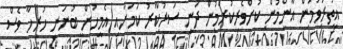
އިތުރުވުމުން އާންމުން ކުށްވެރިކުރަމުން ދަނީ ސަރުކާރު ކަމަށާއި އެމީހުން ބުނަނީ ހުރިހާ ވެސް